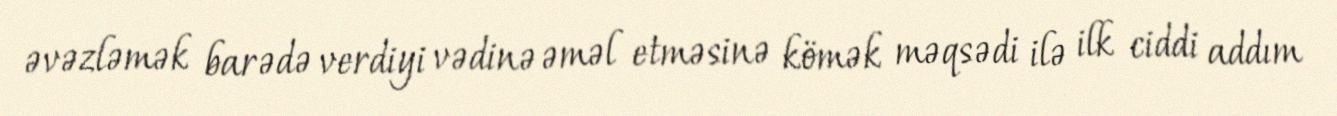
əvəzləmək barədə verdiyi vədinə əməl etməsinə kömək məqsədi ilə ilk ciddi addım